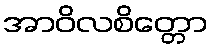
အာဝိလစိတ္တော